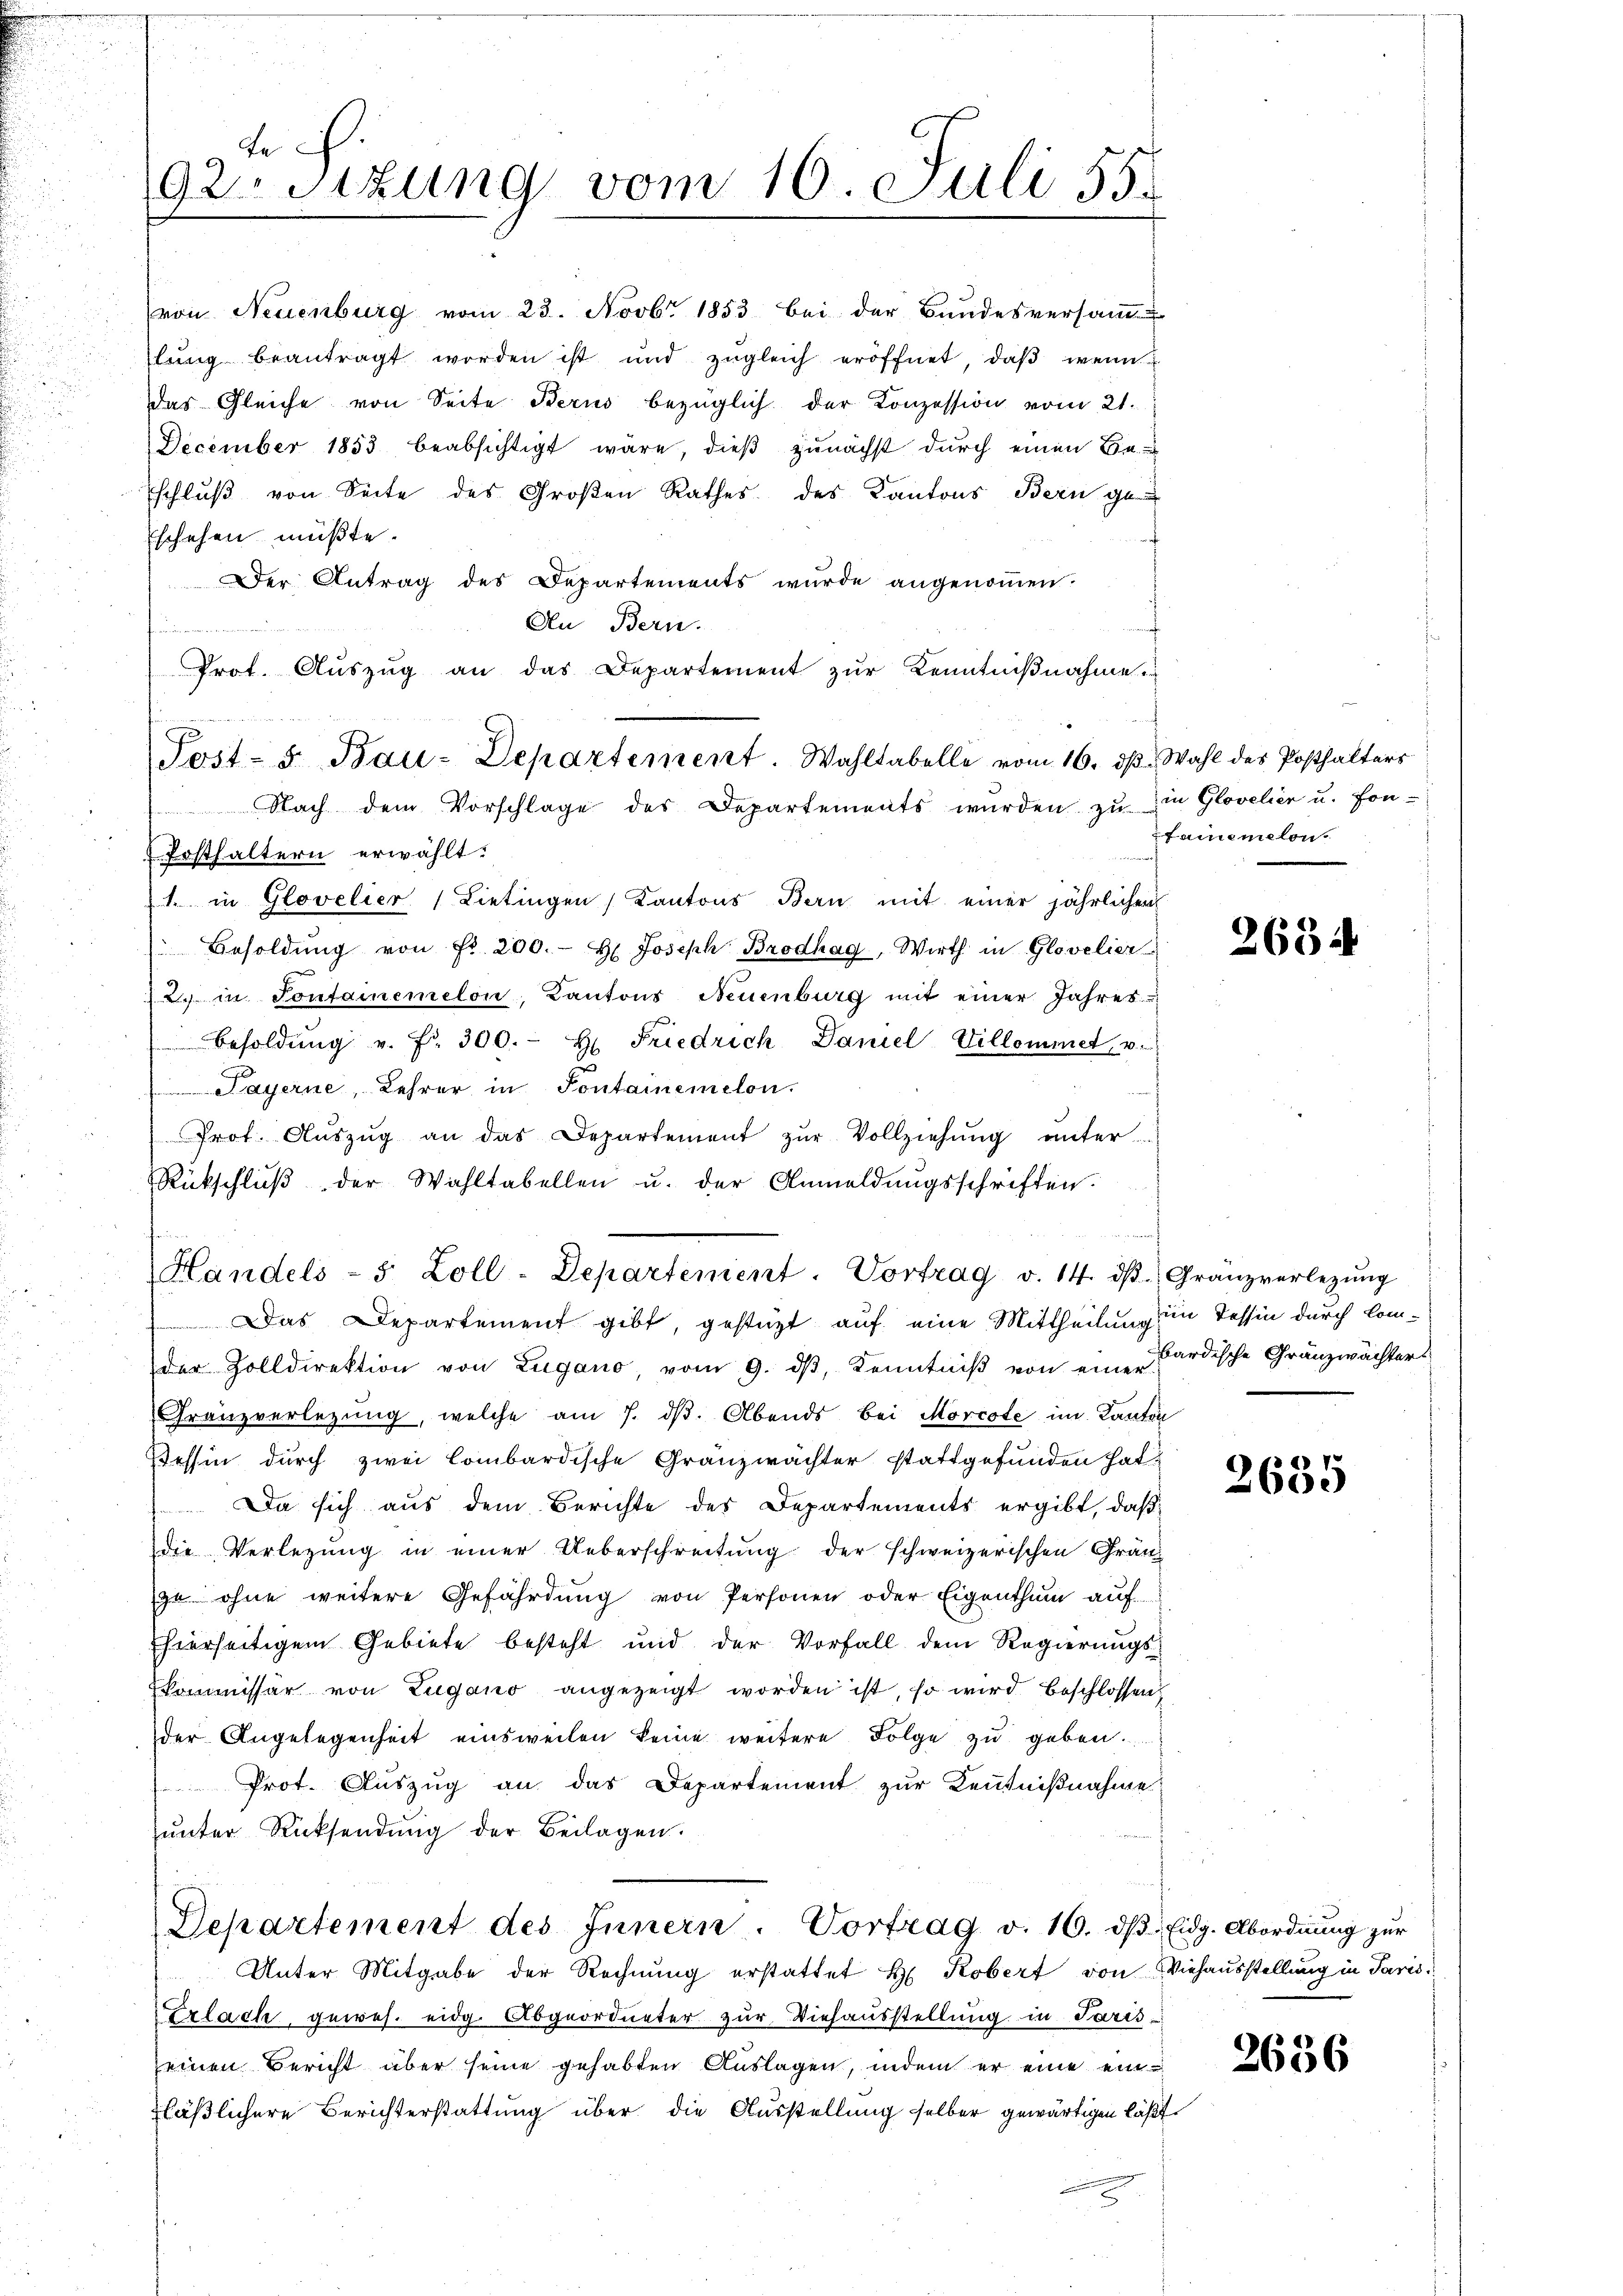
te
92 sizung vom 16. Juli 55.

Post- 5. Bau-Departement. Wahltabelle vom 16. dβ. Wahl des Posthalters
 Nach dem Vorschlage des Departements wurden zu in Glovelier u. fon-

Prot. Auszug an das Departement zur Kenntnißnahme
Posthaltern erwählt:
1. in Glovelier (Lietingen Kantons Bern mit einer jährlichen
Besoldung von Fr. 200. H. Joseph Brodhag, Wirth in Glovelier
2. in Sontainemelon, Kantons Neuenburg mit einer Jahres
Besoldŭng u. fr. 300. H. Friedrich Daniel-Villammet, v.
 Payerne, Lehrer in Sontainemelon
Prof. Aŭszŭg an das Departement zŭr Vollziehŭng ŭnter-
Rückschluß der Wahltabellen u. der Anmeldungsschriften.
s

(von Neuenburg vom 23. Novbr. 1853 bei der Bundesversamm-
lŭng beantragt worden ist und zŭgleich eröffnet, daβ wenn
das Gleiche von Seite Berus bezüglich der Konzession vom 21.
December 1853 beabsichtigt wäre, dieß zunächst durch einen Beschluß von Seite des Großen Rathes des Kantons Bern ge
Eschehen müßte.
Der Antrag des Departements wurde angenoṁen.
An Bern.

Das Departement gibt, gestützt auf eine Mittheilung ein Tessin durch Comder Zolldirektion von Zugano vom 9. dβ, Kenntniβ von einer Sardische Gränzwächters
Franzverlegung, welche am 7. dβ. Abends bei Morcote im Kanton
Tessin durch zwei Combardische Gränzwächter stattgefunden hat.
Da sich aus dem Berichte des Departements ergibt, daß
die Verlegung in einer Ueberschreitung der schweizerischen Gränz
u ohne weitere Gefährdung von Personen oder Eigenthum auf
Ehierseitigem Gebiete besteht und der Vorfall dem Regierungs¬
Kommissar von Zugano angezeigt worden ist, so wird beschlossen,
der Angelegenheit einsweilen keine weitere Folge zŭ geben.
Prot. Auszug an das Departement zur Kenntnißnahme
ŭnter Rücksendung der Beilagen.

Handels- 5 Zoll-Departement. Vortrag v. 14. dβ. Granzverlegŭng

Departement des Innern. Vortrag v. 16. dβ. Eidg. Abordnŭng zŭr

fannemalon

Unter Mitgabe der Rechnung erstattet H. Robert von Viehausstellung in Paris
Exlach, gewes. eidg. Abgeordneter zur Viehausstellung in Paris-
seinen Bericht über seine gehabten Auslagen, indem er eine einfläßlichere Berichterstattung über die Ausstellung selber gewärtigen läßt.

2654

4
2605

2636